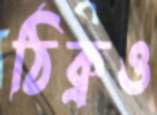
ঠিক্‌রও